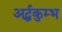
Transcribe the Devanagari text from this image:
अर्द्धकुम्भ